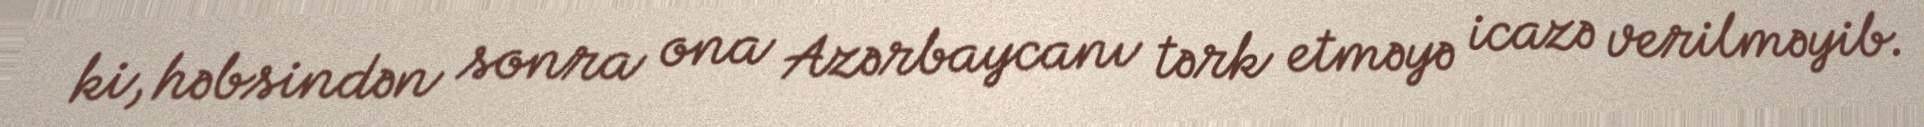
ki, həbsindən sonra ona Azərbaycanı tərk etməyə icazə verilməyib.